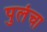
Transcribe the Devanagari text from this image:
पुलंचा